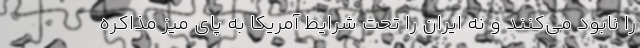
را نابود می‌کنند و نه ایران را تحت شرایط آمریکا به پای میز مذاکره